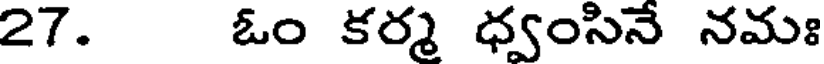
27. ఓం కర్మ ధ్వంసినే నమః